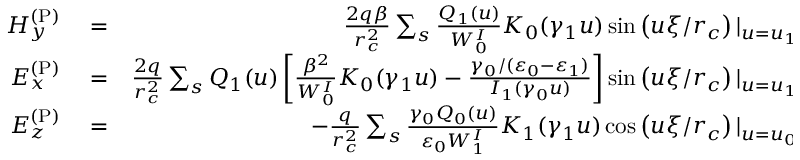
\begin{array} { r l r } { H _ { y } ^ { \mathrm { ( P ) } } } & { { } = } & { \frac { 2 q \beta } { r _ { c } ^ { 2 } } \sum _ { s } \frac { Q _ { 1 } ( u ) } { W _ { 0 } ^ { I } } K _ { 0 } ( \gamma _ { 1 } u ) \sin \left( u \xi / r _ { c } \right) | _ { u = u _ { 1 , s } } , } \\ { E _ { x } ^ { \mathrm { ( P ) } } } & { { } = } & { \frac { 2 q } { r _ { c } ^ { 2 } } \sum _ { s } Q _ { 1 } ( u ) \left[ \frac { \beta ^ { 2 } } { W _ { 0 } ^ { I } } K _ { 0 } ( \gamma _ { 1 } u ) - \frac { \gamma _ { 0 } / ( \varepsilon _ { 0 } - \varepsilon _ { 1 } ) } { I _ { 1 } ( \gamma _ { 0 } u ) } \right] \sin \left( u \xi / r _ { c } \right) | _ { u = u _ { 1 , s } } , } \\ { E _ { z } ^ { \mathrm { ( P ) } } } & { { } = } & { - \frac { q } { r _ { c } ^ { 2 } } \sum _ { s } \frac { \gamma _ { 0 } Q _ { 0 } ( u ) } { \varepsilon _ { 0 } W _ { 1 } ^ { I } } K _ { 1 } ( \gamma _ { 1 } u ) \cos \left( u \xi / r _ { c } \right) | _ { u = u _ { 0 , s } } . } \end{array}